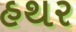
હથર